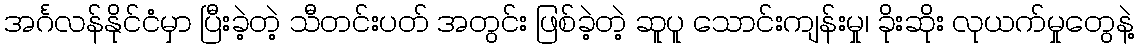
အင်္ဂလန်နိုင်ငံမှာ ပြီးခဲ့တဲ့ သီတင်းပတ် အတွင်း ဖြစ်ခဲ့တဲ့ ဆူပူ သောင်းကျန်းမှု၊ ခိုးဆိုး လုယက်မှုတွေနဲ့